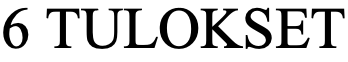
6 TULOKSET